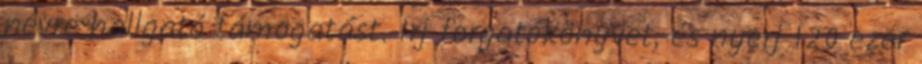
névre hallgató támogatást. Írj forgatókönyvet, és nyerj 120 ezer